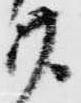
廿